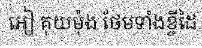
អៀ គុយម៉ុង ថែមទាំងខ្ចីដៃ